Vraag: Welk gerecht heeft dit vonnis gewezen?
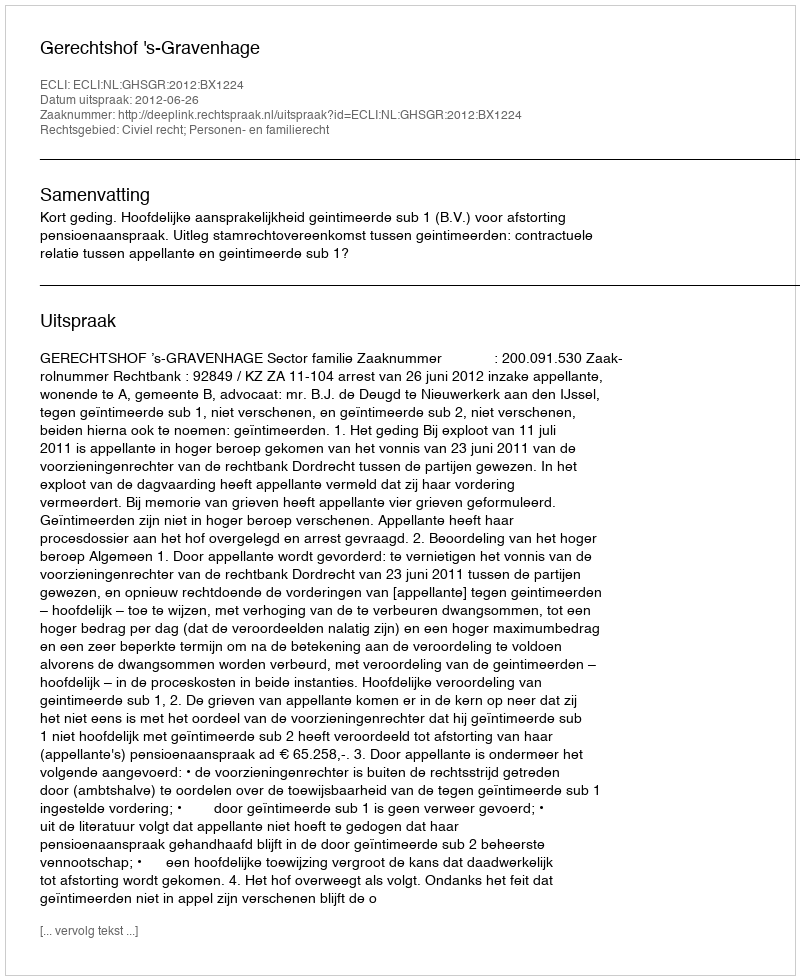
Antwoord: Gerechtshof 's-Gravenhage